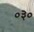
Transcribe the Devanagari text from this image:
०३०